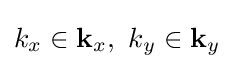
k_{x}\in {\mathbf {k} }_{x},\ k_{y}\in {\mathbf {k} }_{y}